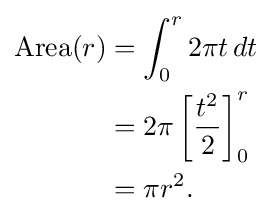
{\begin{aligned}\mathrm {Area} (r)&{}=\int _{0}^{r}2\pi t\,dt\\&{}=2\pi \left[{\frac {t^{2}}{2}}\right]_{0}^{r}\\&{}=\pi r^{2}.\end{aligned}}